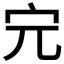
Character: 𡧉